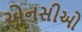
એનસીઓ